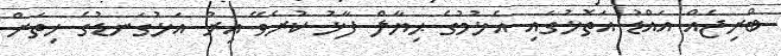
ބްރިޖެއް އައްޑު އަތޮޅުގައި އެޅުމުގެ ޙިޔާލް ފާޅު ކުރެވޭ އިރު އަޅުގަނޑުގެ ހިތަށް